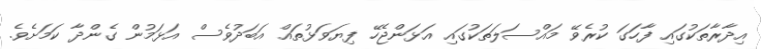
އިދާރާތަކުގައި ފާހަގަ ކުރެވޭ މައްސަލަތަކުގައި އަޅަންޖެހޭ ފިޔަވަޅުތައް އަބަދުވެސް އަޅަމުން ގެންދާ ކަމަށެވެ.